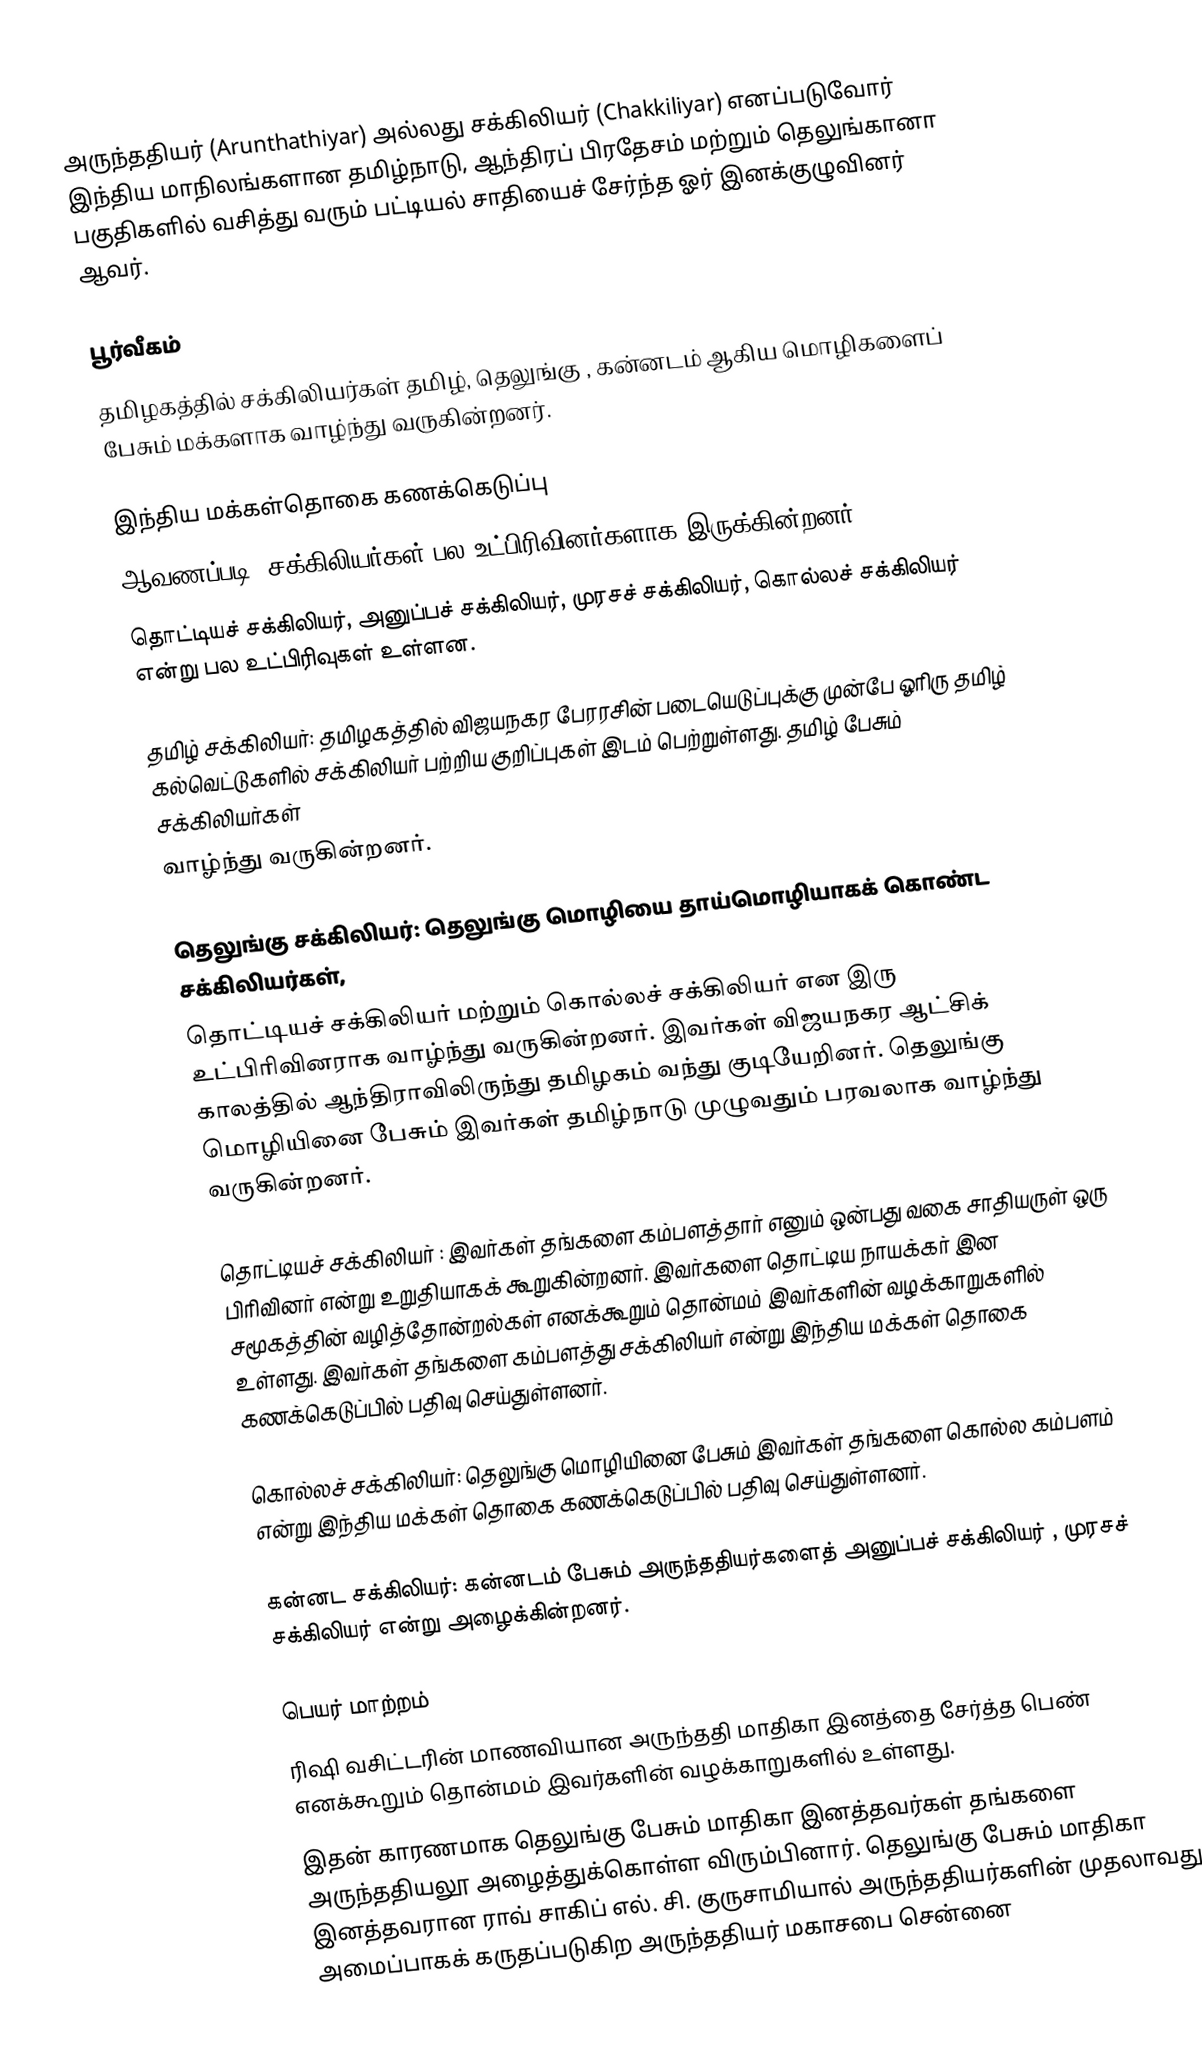
அருந்ததியர் (Arunthathiyar) அல்லது சக்கிலியர் (Chakkiliyar) எனப்படுவோர் இந்திய மாநிலங்களான தமிழ்நாடு, ஆந்திரப் பிரதேசம் மற்றும் தெலுங்கானா பகுதிகளில் வசித்து வரும் பட்டியல் சாதியைச் சேர்ந்த ஓர் இனக்குழுவினர் ஆவர்.

பூர்வீகம்
தமிழகத்தில் சக்கிலியர்கள் தமிழ், தெலுங்கு , கன்னடம் ஆகிய மொழிகளைப் பேசும் மக்களாக வாழ்ந்து வருகின்றனர்.

இந்திய மக்கள்தொகை கணக்கெடுப்பு
ஆவணப்படி, சக்கிலியர்கள் பல உட்பிரிவினர்களாக இருக்கின்றனர்.
தொட்டியச் சக்கிலியர், அனுப்பச் சக்கிலியர், முரசச் சக்கிலியர், கொல்லச் சக்கிலியர் என்று பல உட்பிரிவுகள்  உள்ளன.

தமிழ் சக்கிலியர்: தமிழகத்தில் விஜயநகர பேரரசின் படையெடுப்புக்கு முன்பே ஓரிரு தமிழ் கல்வெட்டுகளில் சக்கிலியர் பற்றிய குறிப்புகள் இடம் பெற்றுள்ளது. தமிழ் பேசும் சக்கிலியர்கள்
வாழ்ந்து வருகின்றனர்.

தெலுங்கு சக்கிலியர்: தெலுங்கு மொழியை தாய்மொழியாகக் கொண்ட சக்கிலியர்கள்,
தொட்டியச் சக்கிலியர் மற்றும் கொல்லச்  சக்கிலியர் என இரு உட்பிரிவினராக வாழ்ந்து வருகின்றனர். இவர்கள் விஜயநகர ஆட்சிக் காலத்தில் ஆந்திராவிலிருந்து தமிழகம் வந்து குடியேறினர். தெலுங்கு மொழியினை பேசும் இவர்கள் தமிழ்நாடு முழுவதும் பரவலாக வாழ்ந்து வருகின்றனர்.

தொட்டியச் சக்கிலியர் :  இவர்கள் தங்களை கம்பளத்தார் எனும் ஒன்பது வகை சாதியருள் ஒரு பிரிவினர் என்று உறுதியாகக் கூறுகின்றனர். இவர்களை தொட்டிய நாயக்கர் இன சமூகத்தின் வழித்தோன்றல்கள் எனக்கூறும் தொன்மம் இவர்களின் வழக்காறுகளில் உள்ளது. இவர்கள் தங்களை கம்பளத்து சக்கிலியர் என்று இந்திய மக்கள் தொகை கணக்கெடுப்பில் பதிவு செய்துள்ளனர்.

கொல்லச் சக்கிலியர்: தெலுங்கு மொழியினை பேசும் இவர்கள் தங்களை  கொல்ல கம்பளம் என்று இந்திய மக்கள் தொகை கணக்கெடுப்பில் பதிவு செய்துள்ளனர்.

கன்னட சக்கிலியர்: கன்னடம் பேசும் அருந்ததியர்களைத் அனுப்பச் சக்கிலியர் , முரசச் சக்கிலியர் என்று அழைக்கின்றனர்.

பெயர் மாற்றம்
ரிஷி வசிட்டரின் மாணவியான அருந்ததி மாதிகா இனத்தை சேர்த்த பெண் எனக்கூறும் தொன்மம்    இவர்களின் வழக்காறுகளில் உள்ளது.
இதன் காரணமாக  தெலுங்கு பேசும் மாதிகா இனத்தவர்கள் தங்களை அருந்ததியலூ அழைத்துக்கொள்ள விரும்பினார்.   தெலுங்கு பேசும் மாதிகா இனத்தவரான ராவ் சாகிப் எல். சி. குருசாமியால் அருந்ததியர்களின் முதலாவது அமைப்பாகக் கருதப்படுகிற அருந்ததியர் மகாசபை சென்னை